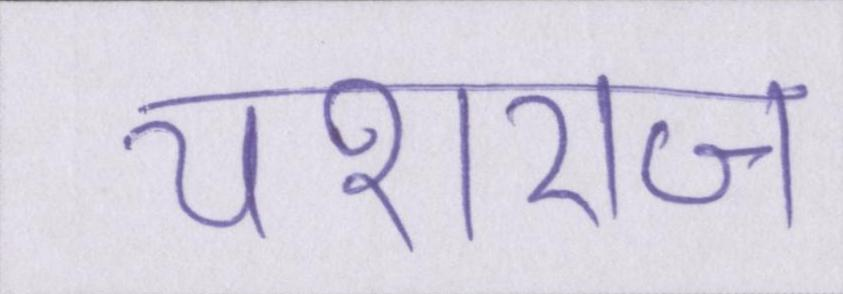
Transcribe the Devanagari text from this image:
यशराज